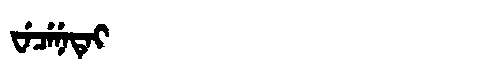
Manchu: ᠸᡝᠴᡝᠨᡝᡨᡝᡳ
Romanization: WECENETEI